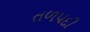
તળપદી